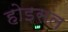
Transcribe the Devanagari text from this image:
होइसल